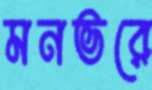
মনভরে